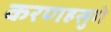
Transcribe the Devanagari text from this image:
करणहसुगे